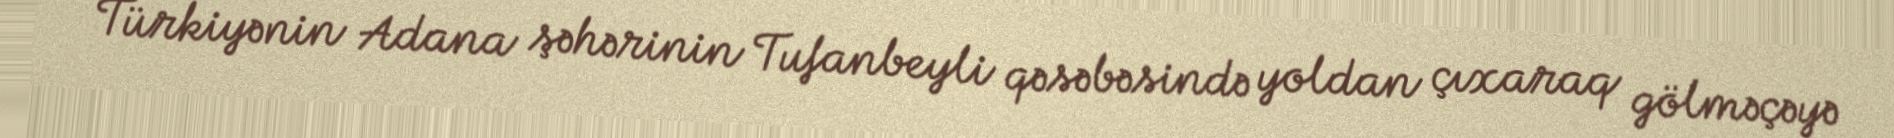
Türkiyənin Adana şəhərinin Tufanbeyli qəsəbəsində yoldan çıxaraq gölməçəyə